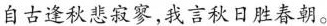
自古逢秋悲寂寥，我言秋日胜春朝。